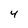
Character: 4